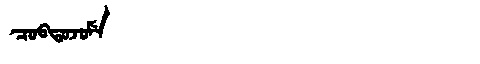
Manchu: ᠴᠣᠪᡨᠣᠵᠣᠮᡝ
Romanization: COBTOJOME